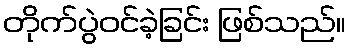
တိုက်ပွဲဝင်ခဲ့ခြင်း ဖြစ်သည်။